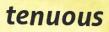
tenuous